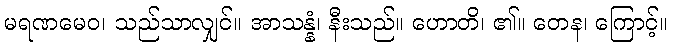
မရဏမေဝ၊ သည်သာလျှင်။ အာသန္နံ၊ နီးသည်။ ဟောတိ၊ ၏။ တေန၊ ကြောင့်။